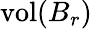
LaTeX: \operatorname{vol}(B_{r})